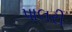
પાલરી